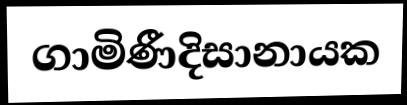
ගාමිණීදිසානායක